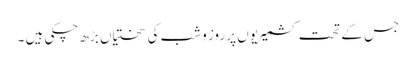
جس کے تحت کشمیریوں پر روز و شب کی سختیاں بڑھ چکی ہیں ۔